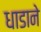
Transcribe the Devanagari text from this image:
धाडाने